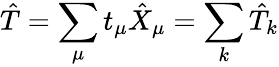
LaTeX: \hat{T}=\sum_{\mu}t_{\mu}\hat{X}_{\mu}=\sum_{k}\hat{T}_{k}